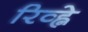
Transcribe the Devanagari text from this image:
रिव्ह्ने